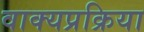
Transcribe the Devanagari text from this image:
वाक्यप्रक्रिया